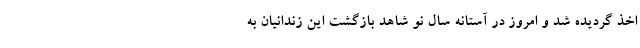
اخذ گردیده شد و امروز در آستانه سال نو شاهد بازگشت این زندانیان به